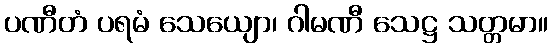
ပဏီတံ ပရမံ သေယျော၊ ဂါမဏီ သေဋ္ဌ သတ္တမာ။